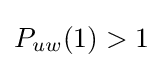
P_{uw}(1)>1